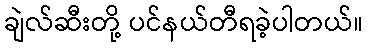
ချဲလ်ဆီးတို့ ပင်နယ်တီရခဲ့ပါတယ်။